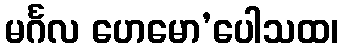
မင်္ဂလ ဟေမော’ပေါသထ၊